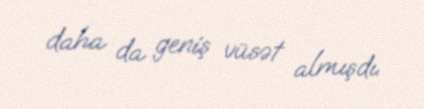
daha da geniş vüsət almışdı.